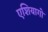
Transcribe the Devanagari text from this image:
एशियागो